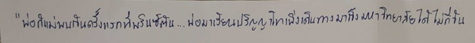
"พ่อกับแม่พบกันครั้งแรกที่พรินซ์ตัน...พ่อมาเรียนปริญญาโทเพิ่งเดินทางมาถึงมหาวิทยาลัยได้ไม่กี่วัน